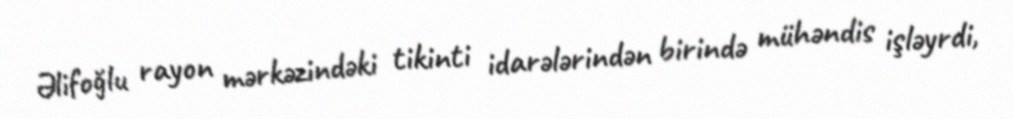
Əlifoğlu rayon mərkəzindəki tikinti idarələrindən birində mühəndis işləyrdi,